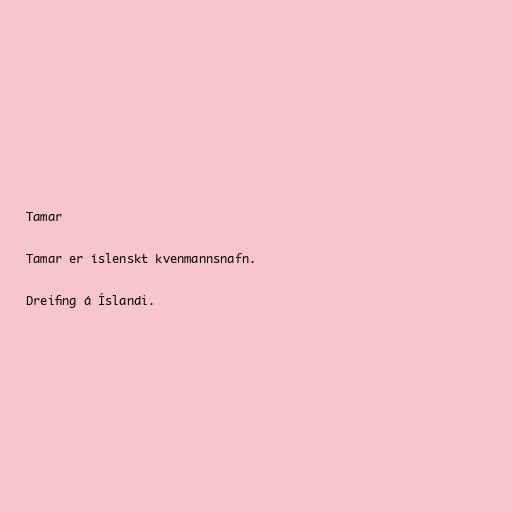
Tamar

Tamar er íslenskt kvenmannsnafn.

Dreifing á Íslandi.